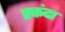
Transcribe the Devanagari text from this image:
स्कंदा